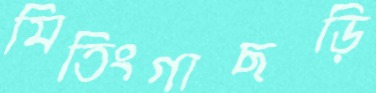
মিতিংগাছড়ি